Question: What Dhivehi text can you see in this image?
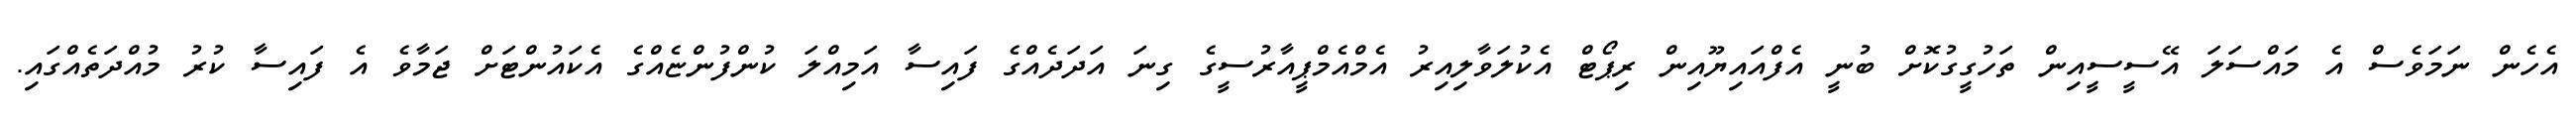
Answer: އެހެން ނަމަވެސް އެ މައްސަލަ އޭސީސީއިން ތަހުގީގުކޮށް ބުނީ އެފްއައިޔޫއިން ރިޕޯޓް އެކުލަވާލިއިރު އެމްއެމްޕީއާރުސީގެ ގިނަ އަދަދެއްގެ ފައިސާ އަމިއްލަ ކުންފުންޏެއްގެ އެކައުންޓަށް ޖަމާވެ އެ ފައިސާ ކުރު މުއްދަތެއްގައި.